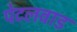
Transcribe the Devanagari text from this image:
पेटलवाड